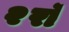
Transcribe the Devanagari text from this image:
२रॉ